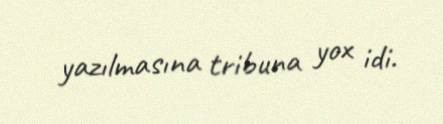
yazılmasına tribuna yox idi.